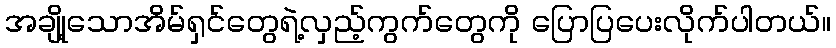
အချို့သောအိမ်ရှင်တွေရဲ့လှည့်ကွက်တွေကို ပြောပြပေးလိုက်ပါတယ်။